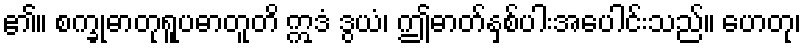
၏။ စက္ခုဓာတုရူပဓာတူတိ ဣဒံ ဒွယံ၊ ဤဓာတ်နှစ်ပါးအပေါင်းသည်။ ဟေတု၊